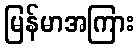
မြန်မာအကြား